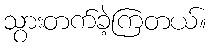
သွားတက်ခဲ့ကြတယ်။